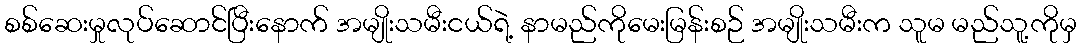
စစ်ဆေးမှုလုပ်ဆောင်ပြီးနောက် အမျိုးသမီးငယ်ရဲ့ နာမည်ကိုမေးမြန်းစဉ် အမျိုးသမီးက သူမ မည်သူ့ကိုမှ